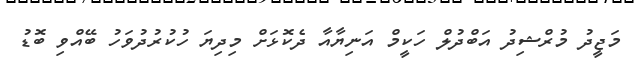
މަޖީދު މުރްޝިދު އަބްދުލް ހަކީމް އަނިޔާއާ ދެކޮޅަށް މިދިޔަ ހުކުރުދުވަހު ބޭއްވި ބޮޑު